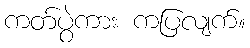
ကတ်ပွဲကား ကပြလျက်။